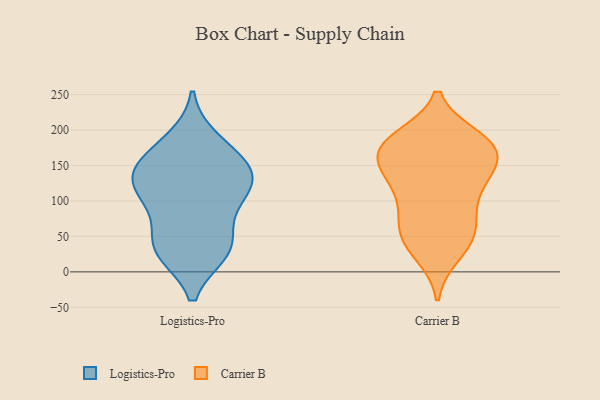
{"axis": {"x": "Backlog", "y": "Value"}, "legend": ["Carrier B", "Logistics-Pro"], "data": [{"x": "", "y": 98, "type": "Logistics-Pro"}, {"x": "", "y": 29, "type": "Logistics-Pro"}, {"x": "", "y": 36, "type": "Logistics-Pro"}, {"x": "", "y": 169, "type": "Logistics-Pro"}, {"x": "", "y": 96, "type": "Logistics-Pro"}, {"x": "", "y": 30, "type": "Logistics-Pro"}, {"x": "", "y": 141, "type": "Logistics-Pro"}, {"x": "", "y": 185, "type": "Logistics-Pro"}, {"x": "", "y": 120, "type": "Logistics-Pro"}, {"x": "", "y": 41, "type": "Logistics-Pro"}, {"x": "", "y": 135, "type": "Logistics-Pro"}, {"x": "", "y": 128, "type": "Logistics-Pro"}, {"x": "", "y": 149, "type": "Logistics-Pro"}, {"x": "", "y": 159, "type": "Carrier B"}, {"x": "", "y": 184, "type": "Carrier B"}, {"x": "", "y": 189, "type": "Carrier B"}, {"x": "", "y": 131, "type": "Carrier B"}, {"x": "", "y": 61, "type": "Carrier B"}, {"x": "", "y": 178, "type": "Carrier B"}, {"x": "", "y": 25, "type": "Carrier B"}, {"x": "", "y": 33, "type": "Carrier B"}, {"x": "", "y": 53, "type": "Carrier B"}, {"x": "", "y": 51, "type": "Carrier B"}, {"x": "", "y": 78, "type": "Carrier B"}, {"x": "", "y": 169, "type": "Carrier B"}, {"x": "", "y": 173, "type": "Carrier B"}, {"x": "", "y": 174, "type": "Carrier B"}, {"x": "", "y": 113, "type": "Carrier B"}, {"x": "", "y": 127, "type": "Carrier B"}, {"x": "", "y": 131, "type": "Carrier B"}, {"x": "", "y": 85, "type": "Carrier B"}, {"x": "", "y": 146, "type": "Carrier B"}, {"x": "", "y": 187, "type": "Carrier B"}]}